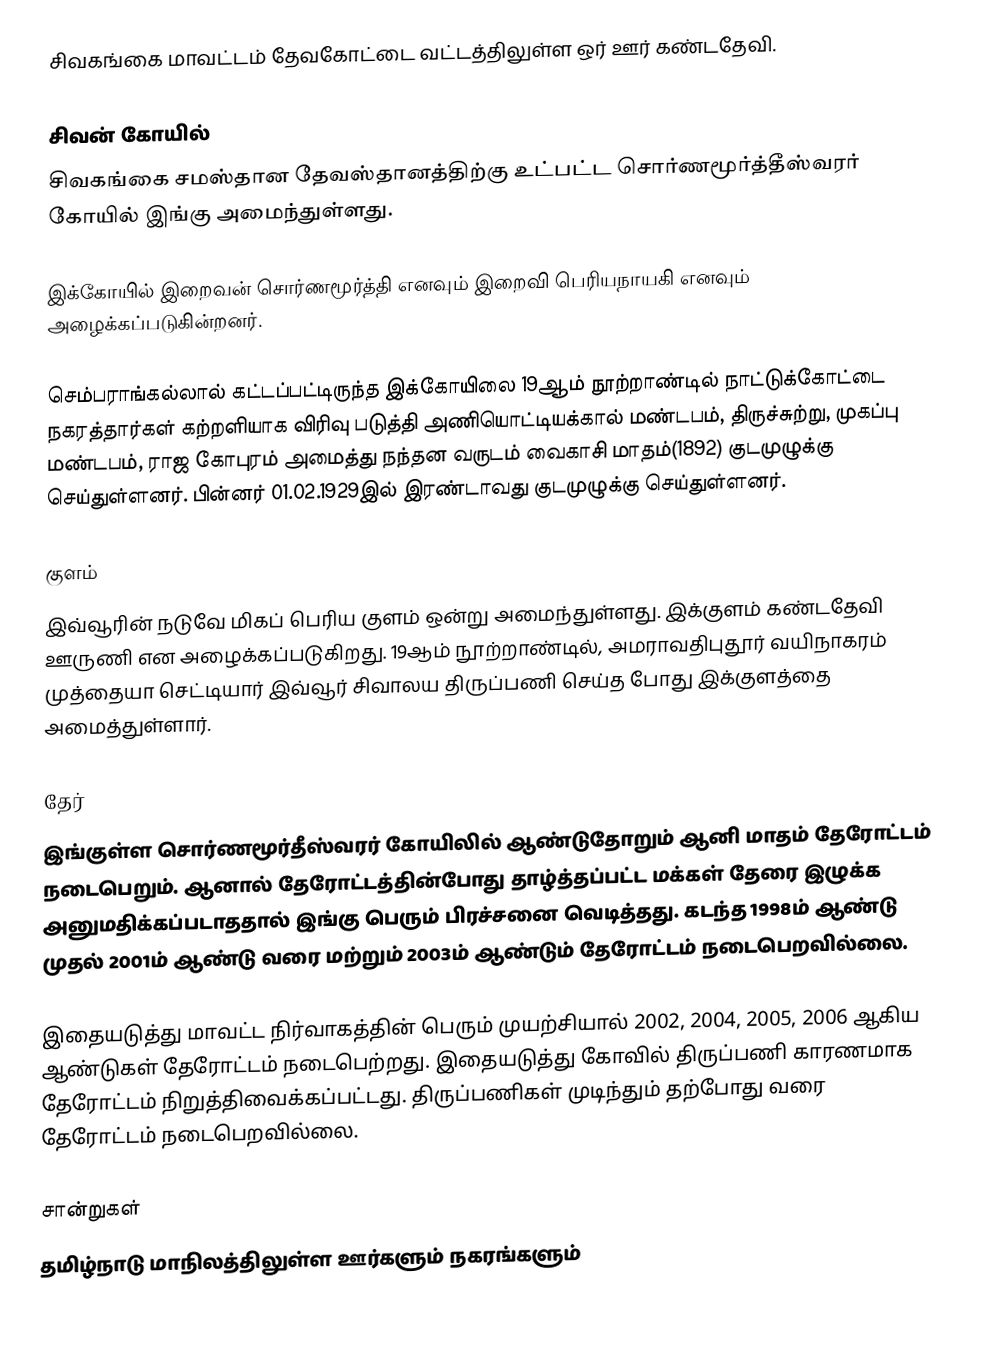
சிவகங்கை மாவட்டம் தேவகோட்டை வட்டத்திலுள்ள ஒர் ஊர் கண்டதேவி.

சிவன் கோயில்
சிவகங்கை சமஸ்தான தேவஸ்தானத்திற்கு உட்பட்ட சொர்ணமூர்த்தீஸ்வரர் கோயில் இங்கு அமைந்துள்ளது.

இக்கோயில் இறைவன் சொர்ணமூர்த்தி எனவும் இறைவி பெரியநாயகி எனவும் அழைக்கப்படுகின்றனர்.

செம்பராங்கல்லால் கட்டப்பட்டிருந்த இக்கோயிலை 19ஆம் நூற்றாண்டில் நாட்டுக்கோட்டை நகரத்தார்கள் கற்றளியாக விரிவு படுத்தி அணியொட்டியக்கால் மண்டபம், திருச்சுற்று, முகப்பு மண்டபம், ராஜ கோபுரம் அமைத்து நந்தன வருடம் வைகாசி மாதம்(1892) குடமுழுக்கு செய்துள்ளனர். பின்னர் 01.02.1929இல் இரண்டாவது குடமுழுக்கு செய்துள்ளனர்.

குளம்
இவ்வூரின் நடுவே மிகப் பெரிய குளம் ஒன்று அமைந்துள்ளது. இக்குளம் கண்டதேவி ஊருணி என அழைக்கப்படுகிறது. 19ஆம் நூற்றாண்டில், அமராவதிபுதூர் வயிநாகரம் முத்தையா செட்டியார் இவ்வூர் சிவாலய திருப்பணி செய்த போது இக்குளத்தை அமைத்துள்ளார்.

தேர்
இங்குள்ள சொர்ணமூர்தீஸ்வரர் கோயிலில் ஆண்டுதோறும் ஆனி மாதம் தேரோட்டம் நடைபெறும். ஆனால் தேரோட்டத்தின்போது தாழ்த்தப்பட்ட மக்கள் தேரை இழுக்க அனுமதிக்கப்படாததால் இங்கு பெரும் பிரச்சனை வெடித்தது. கடந்த 1998ம் ஆண்டு முதல் 2001ம் ஆண்டு வரை மற்றும் 2003ம் ஆண்டும் தேரோட்டம் நடைபெறவில்லை.

இதையடுத்து மாவட்ட நிர்வாகத்தின் பெரும் முயற்சியால் 2002, 2004, 2005, 2006 ஆகிய ஆண்டுகள் தேரோட்டம் நடைபெற்றது. இதையடுத்து கோவில் திருப்பணி காரணமாக தேரோட்டம் நிறுத்திவைக்கப்பட்டது. திருப்பணிகள் முடிந்தும் தற்போது வரை தேரோட்டம் நடைபெறவில்லை.

சான்றுகள்
தமிழ்நாடு மாநிலத்திலுள்ள ஊர்களும் நகரங்களும்